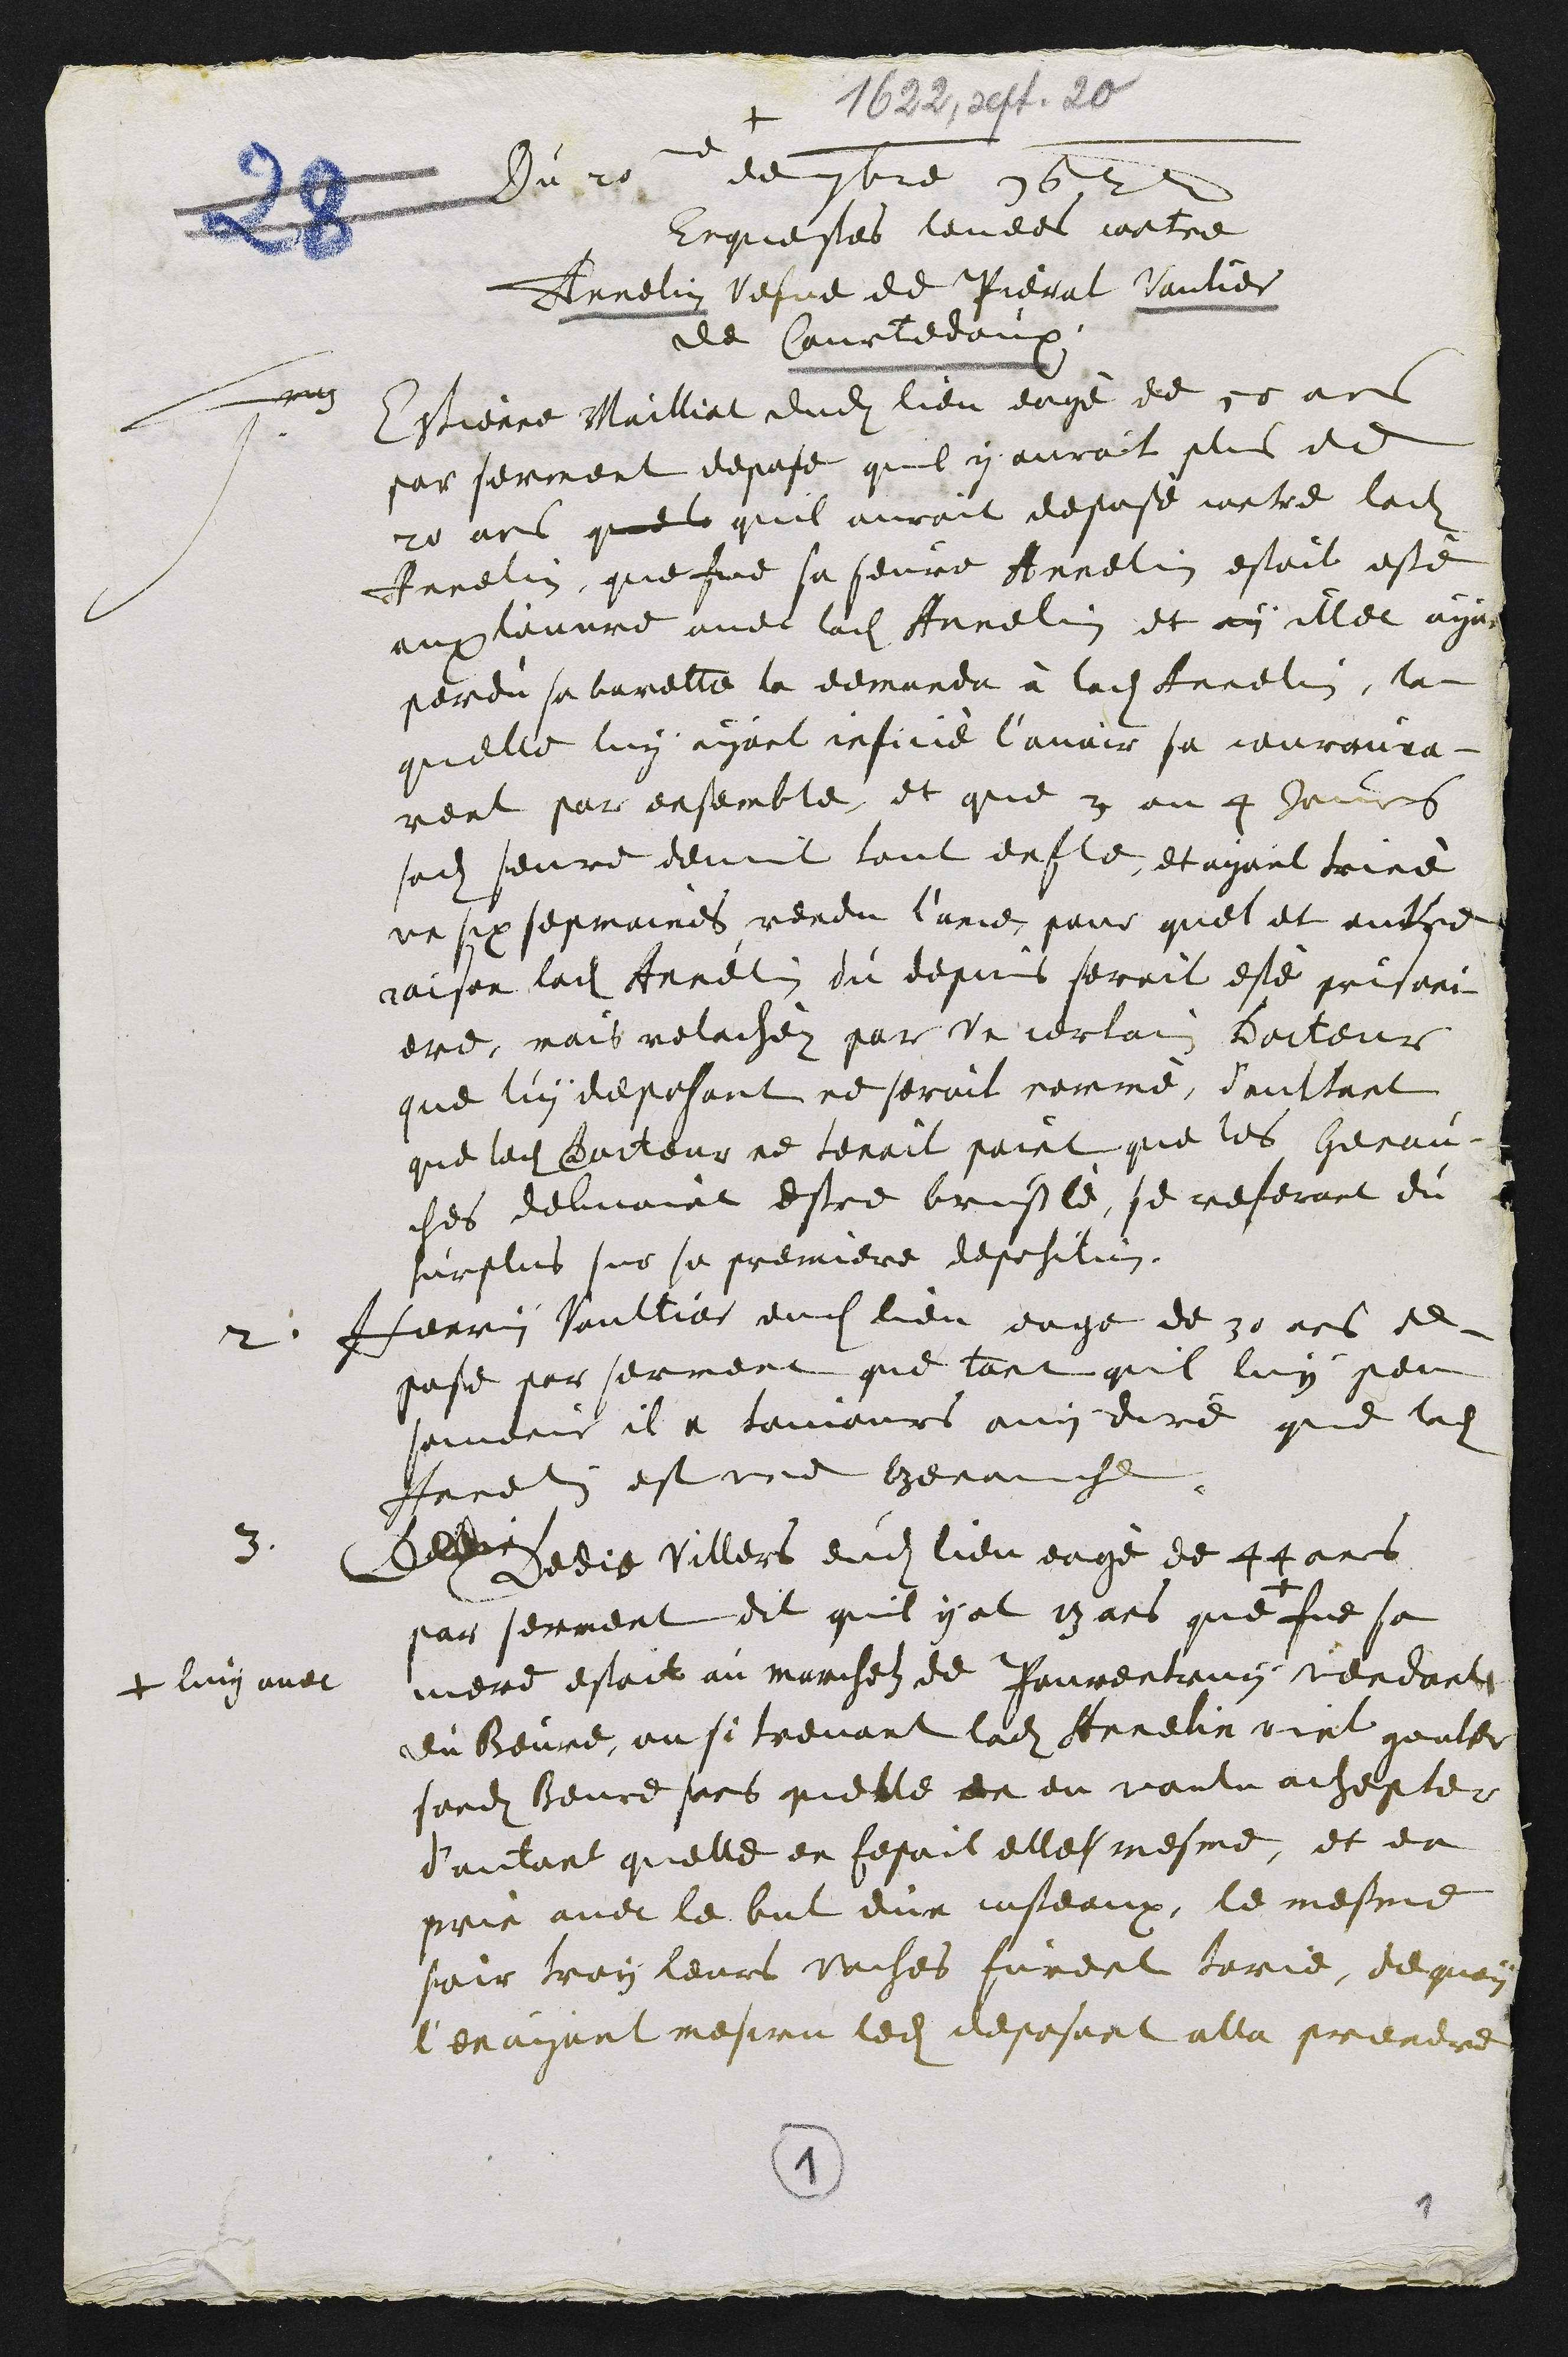
+
1622. sept. 20
Du 20e de 7bre 1622
Enquestes levees contre
Annelin vefve de Pierat Vaulier
de Courtedoux
1
Estience Maillial dudit lieu eagé de 55 ans
par serment depose quil y auroit plus de
20 ans quele quil auroit depose contre ladite
Annelin que fue sa seure Annelin estoit esté
aux l'ouvre avec ladite Annelin et ay illec ayant
perdu sa barette la demanda à ladite Annelin, la¬
quelle luy ayant inficié l’avoir sa courouca¬
rent par ensemble, et que 3 ou 4 jours
sadite seure devint tout enfle, et ayant triné
un six sepmaines rendu l'ame pour quel et autre
raison ladite Annelin du depuis seroit esté prisoni¬
ere, mais relachez par un certain Docteur
que luy deposant ne seroit nommé, daultant
que ledit Docteur ne tenoit point que les Genau¬
ches debvoient estre bruslé, se referant du
surplus sur sa premiere deposition.
2: Herri Vaultier dudit lieu eage de 30 ans de¬
pose par serment que tant quil luy peu
souvenir il a toujours ouy dire que ladite
Annelin est une genauche.
3.
Dedie
Dedie Villers dudit lieu eagé de 44 ans
par serment dit quil y at 13 ans que
+ luy avec
fue sa
mere estoit au marchelz de Pourentruy vendant
du Beure, ou si trevant ladite Annelin vint gouter
sondit Beure sans quelle en eu voulu achepter
d'autant quelle en fesoit elle mesme, et en
prie avec le but d'un custeaux, le mesme
soir trois leurs vaches furent terie, de quoy
l'en ayant mesure ledit deposant alla prendre

1

1